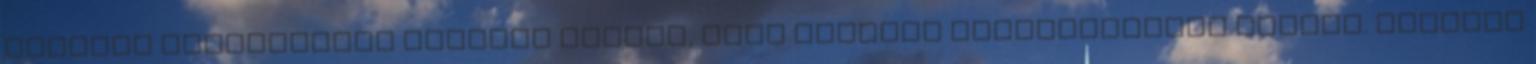
mögötte másodikként Józsáék álltak, őket követte Rauchenberger Miklós. Szerdán